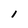
Character: l